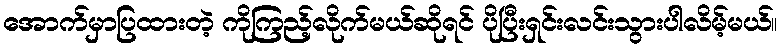
အောက်မှာပြထားတဲ့ ကိုကြည့်လိုက်မယ်ဆိုရင် ပိုပြီးရှင်းလင်းသွားပါလိမ့်မယ်။